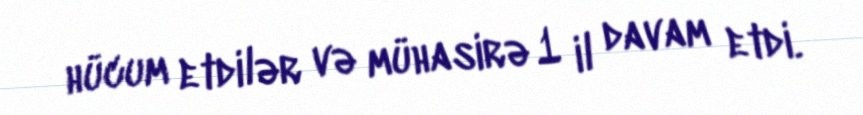
hücum etdilər və mühasirə 1 il davam etdi.